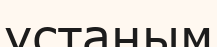
үстаным